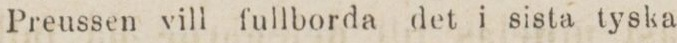
Preussen vill fullborda det i sista tyska